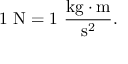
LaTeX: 1 \ { \mathrm { N } } = 1 \ { \frac { { \mathrm { k g } } \cdot { \mathrm { m } } } { { \mathrm { s } } ^ { 2 } } } .